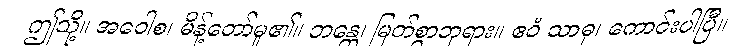
ဤသို့။ အဝေါစ၊ မိန့်တော်မူ၏။ ဘန္တေ၊ မြတ်စွာဘုရား။ ဧဝံ သာဓု၊ ကောင်းပါပြီ။